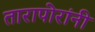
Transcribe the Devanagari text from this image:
तारापोरांनी